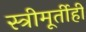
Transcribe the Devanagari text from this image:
स्त्रीमूर्तीही